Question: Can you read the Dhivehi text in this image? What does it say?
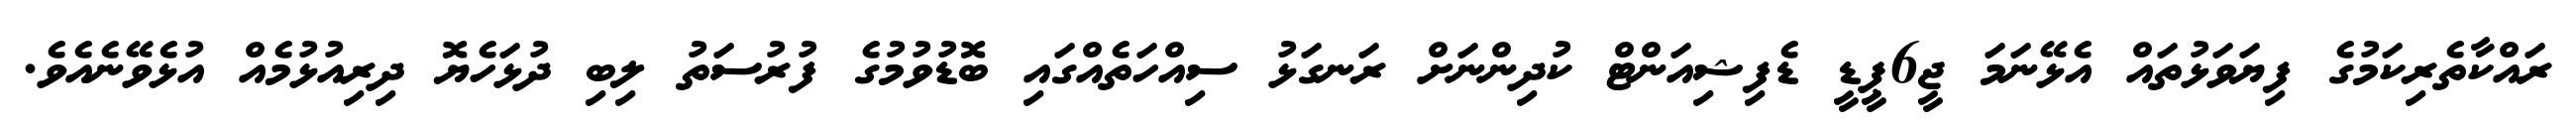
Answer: ރައްކާތެރިކަމުގެ ފިޔަވަޅުތައް އެޅޭނަމަ ޖީ6ޕީޑީ ޑެފިޝިއަންޓް ކުދިންނަށް ރަނގަޅު ސިއްހަތެއްގައި ބޮޑުވުމުގެ ފުރުސަތު ލިބި ދުޅަހެޔޮ ދިރިއުޅުމެއް އުޅެވޭނެއެވެ.